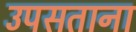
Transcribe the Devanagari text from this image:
उपसताना